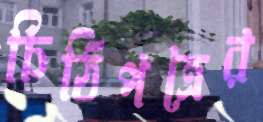
চিঠিপত্রের